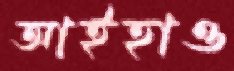
আইহাও